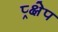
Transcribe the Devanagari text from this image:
प्र्क्षेप